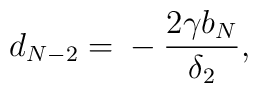
d_{N-2} = {} - \frac{2\gamma b_N}{\delta_2},